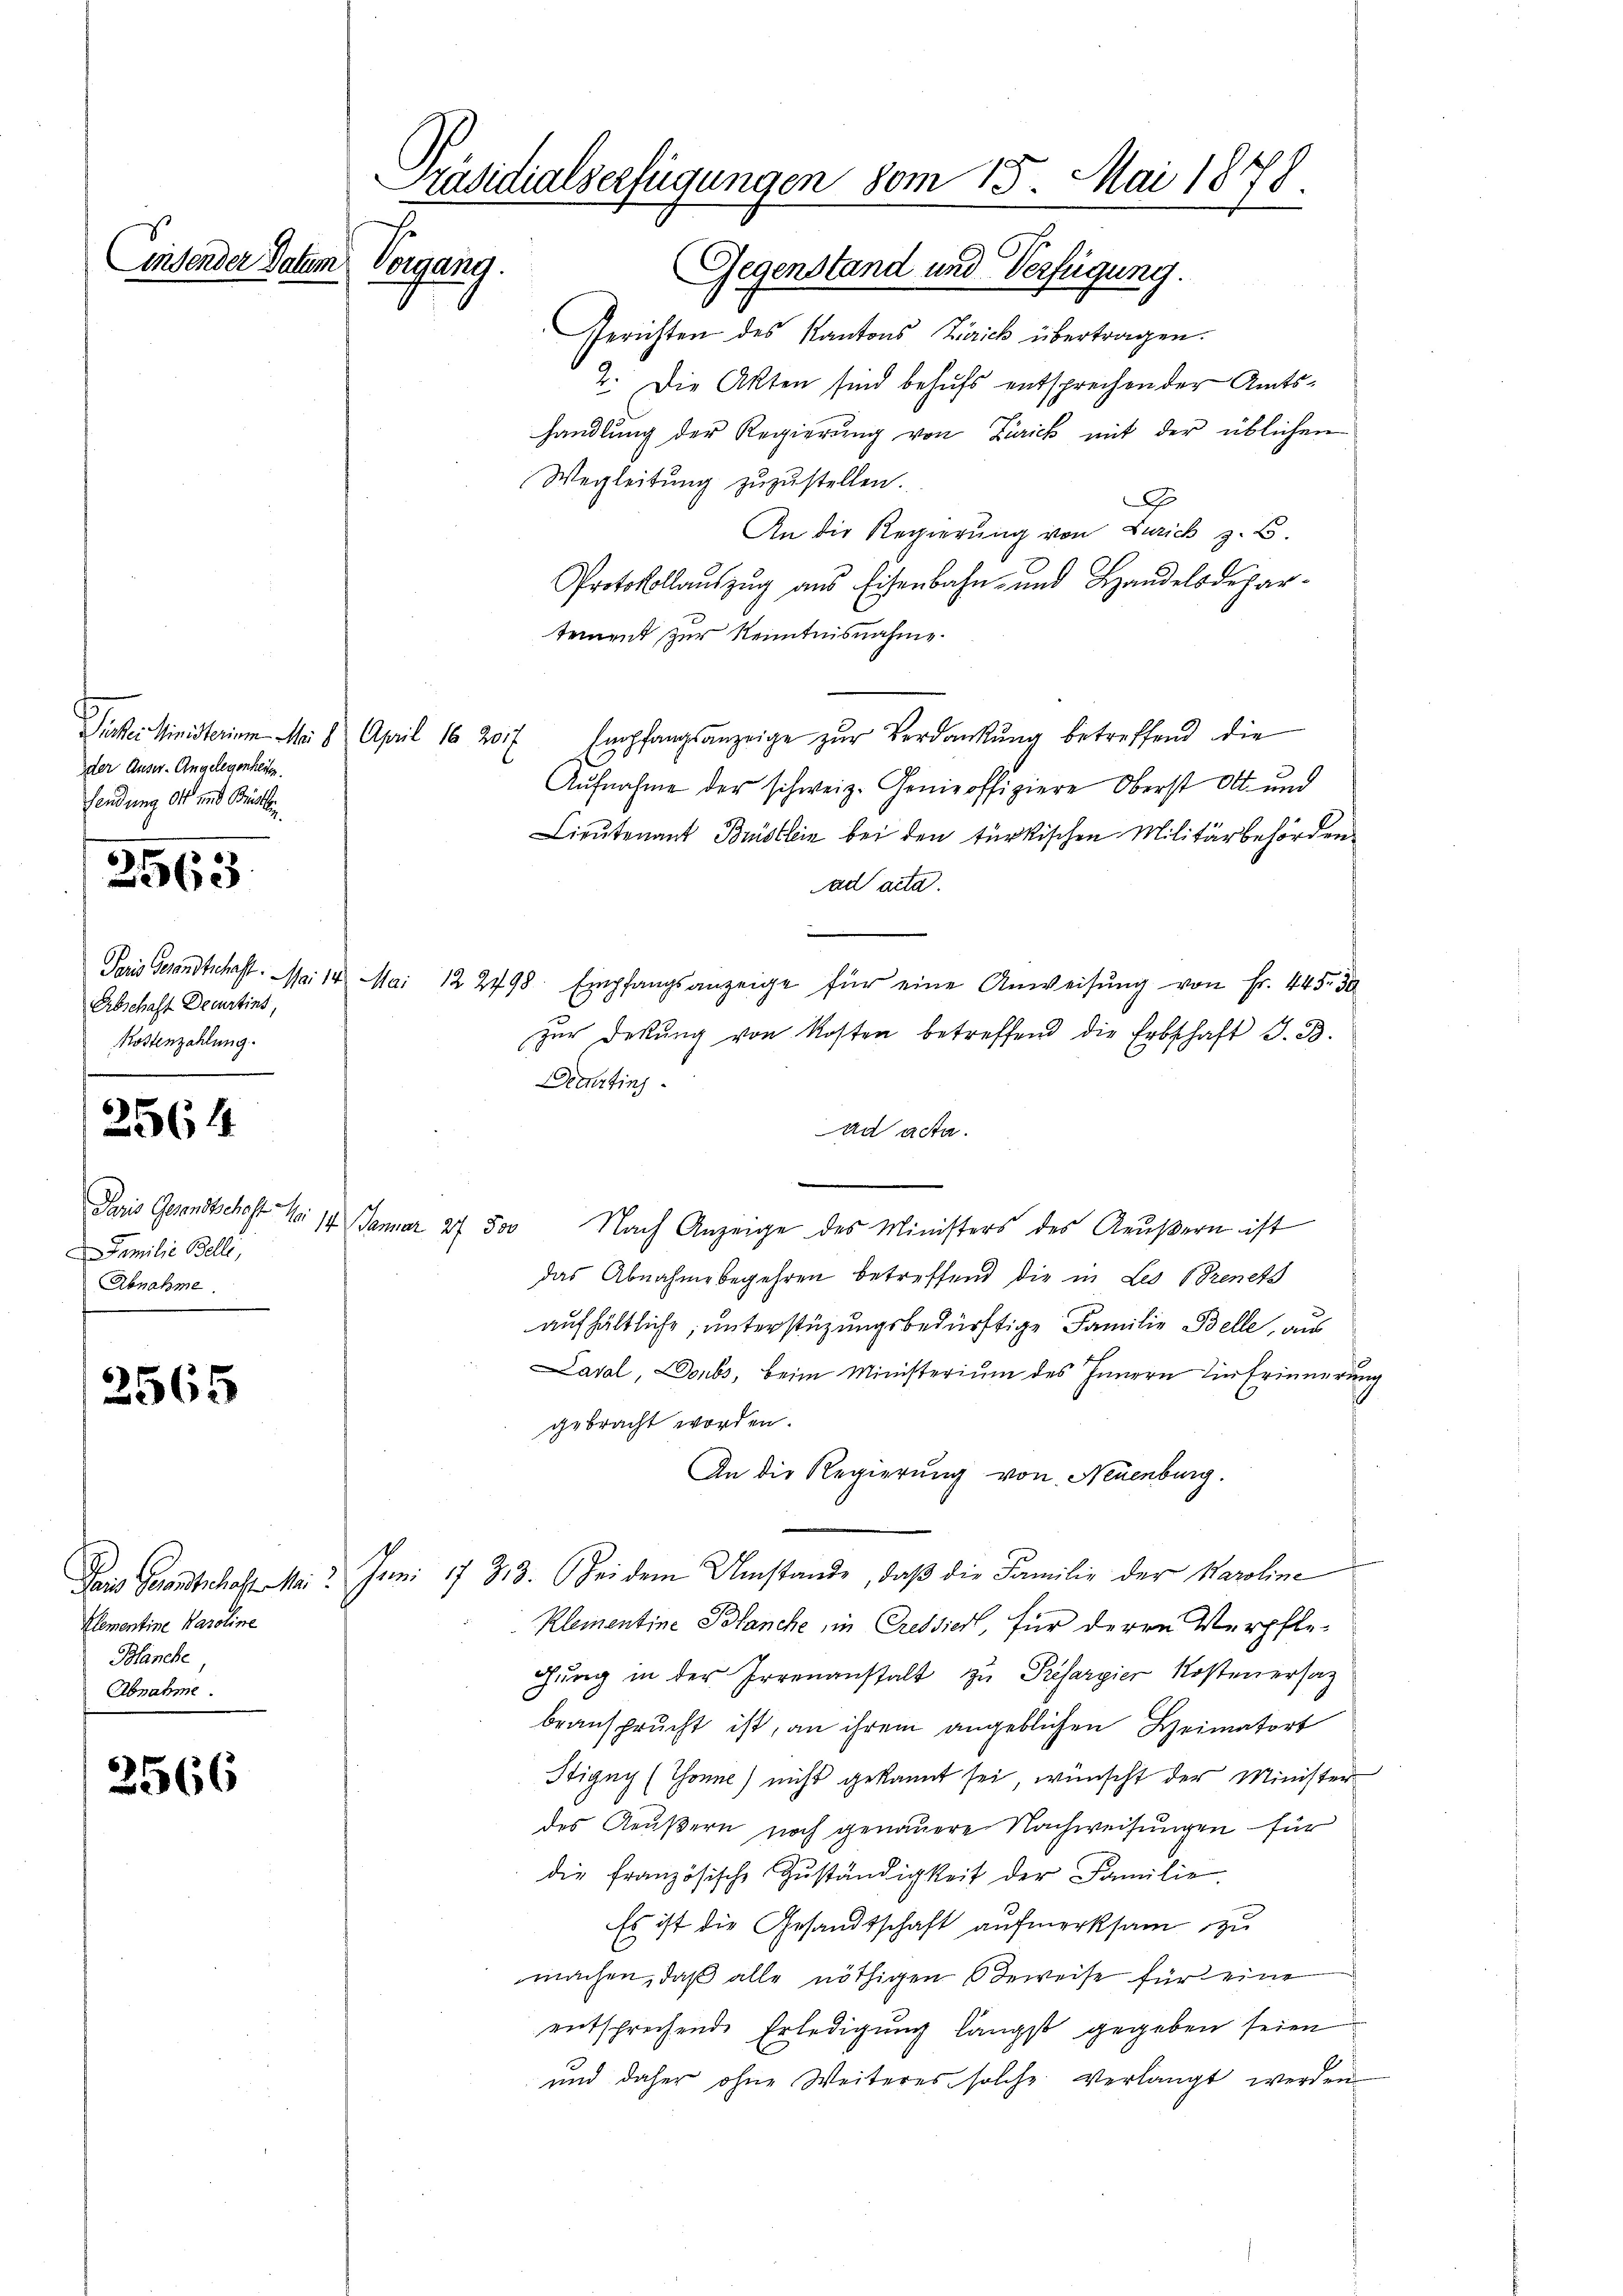
der Auser-Angelegenheiten.
sendung Ott und Brückli

2563

Erbschaft Decurtins,
Kostenzahlung.

6
4

2565

2566

Präsidialserfügungen vom 15. Mai 1878.
2
Linsender Datum Vorgang.
Gegenstand und Verfügung.

Familie Belli,
Abnahme.

Elementine Karoline
Blanche,
Abnahme.

Gerichten des Kantons Zürick übertragen.
2. Die Akten sind behufs entsprechen der Amtshandlung der Regierung von Zürick mit der üblichen
Wegleitung zuzustellen.
x
An die Regierung von Zürich z. B.
Protokollauszug aus Eisenbahn- und Handelsdepartement zur Kenntnisnahme
Parei Ministerium a. 8 April 16 20. Empfangsanzeige zŭr Verdankŭng betreffend die
Aŭfnahme der schweiz. Genieoffiziere Oberst Ott. und
Lieŭtenant Brüstlein bei den türkischen Militärbehörden.
ad acta.
Paris Gesandtschaft. Mai 14. Mai 122798. Empfangsanzeige für eine Anweisŭng von Fr. 445. 30
zŭr Dekŭng von Kosten betreffend die Erbschaft G. B.
Decurtinj
An acta.
n
Paris Gesandtschaft No 14 Januar 27 500 Nach Anzeige des Ministers des Aeußern ist
das Abnahme begehren betreffend die in Les brenets
aufhältliche, unterstüzungsbedürftige Familie Belle, aus
Laval, Doubs, beim Ministerium des Innern Einfrinnerun
gebracht worden.
An die Regierung von Neuenburg.
Das Gesandtschaft. Mai. Juni 1783. Sei dem Umstände, daβ die Familie der Karoline
Klementine Blanche in Cressier, für deren Verpflegŭng in der Irrenanstalt zu Prefargier Kostenersatz
beansprucht ist, an ihrem angeblichen Heimatort
Stigny (Thonne) nicht gekannt sei, wünscht der Minister
des Aeußern noch genauere Nachweisungen für
die französische Zŭständigkeit der Familie.
Es ist die Gesandtschaft aufmerksam zu
machen, daß alle nöthigen Beweise für eine
entsprechende Erledigung längst gegeben seien
und daher ohne Weiteres solche verlangt werden.